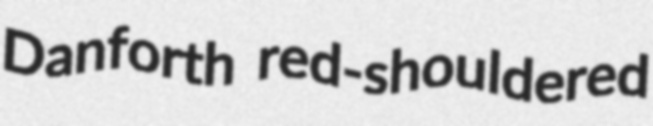
Danforth red-shouldered